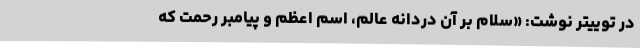
در توییتر نوشت: «سلام بر آن دردانه عالم، اسم اعظم و پیامبر رحمت که